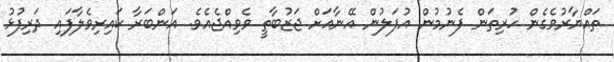
ތައްޔާރުވެގެން ހުރިތަން ފެނުމުން އުފަލުން އޭނާއަށް ޖަޒުބާތީ ވެވިއްޖެއެވެ. އަންބަރާ ކައިރިވެލާފައި ދަރިފުޅު